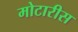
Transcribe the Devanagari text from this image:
मोटारीस